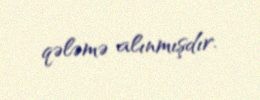
qələmə alınmışdır.